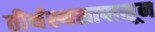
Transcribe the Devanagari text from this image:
तीर्थस्थळापासून